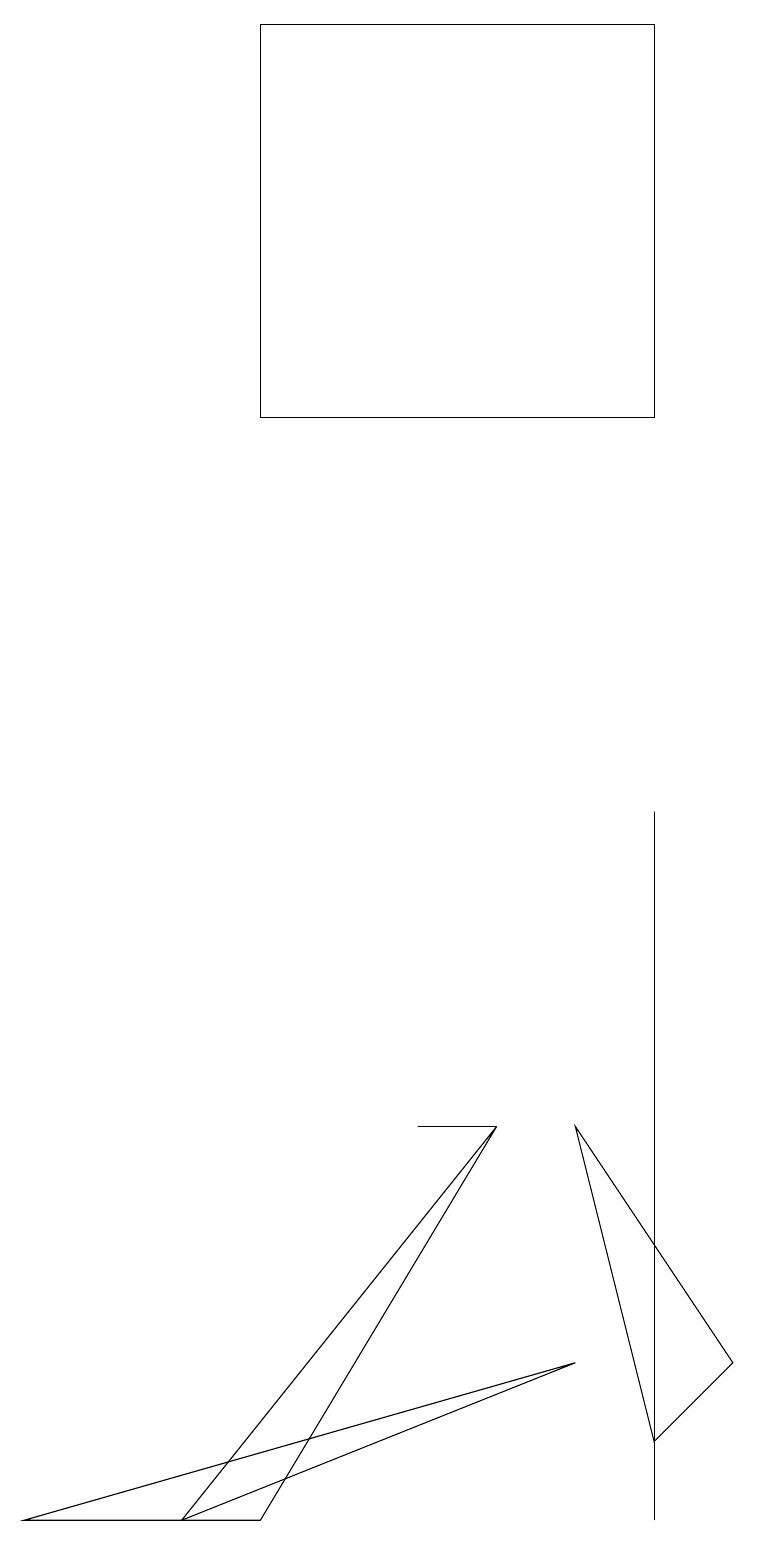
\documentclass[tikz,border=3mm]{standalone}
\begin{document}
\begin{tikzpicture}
\draw (5,5) -- (6,5) -- (6,5) -- cycle;
\draw (3,19) rectangle (8,14);
\draw (3,0) -- (6,5) -- (2,0) -- cycle;
\draw (9,2) -- (8,1) -- (7,5) -- cycle;
\draw (2,0) -- (0,0) -- (7,2) -- cycle;
\draw (8,9) -- (8,4) -- (8,0) -- cycle;
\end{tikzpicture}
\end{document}